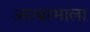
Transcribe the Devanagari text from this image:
आखरमाला